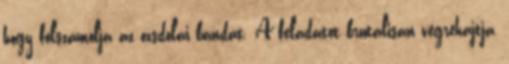
hogy fölszámolja az ozsdolai bandát. A feladatot brutálisan végrehajtja,